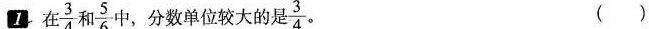
1.在 $$\frac{3}{4}$$ 和。 $$\frac{5}{6}$$ ，分数单位较大的是条 $$\frac{3}{4}$$ ()